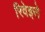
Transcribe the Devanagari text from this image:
रिवेइरो